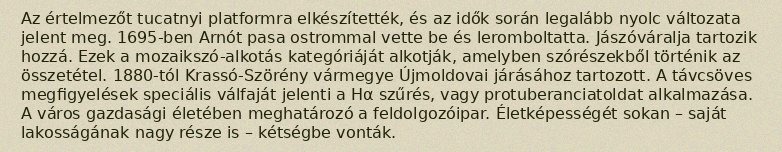
Az értelmezőt tucatnyi platformra elkészítették, és az idők során legalább nyolc változata jelent meg. 1695-ben Arnót pasa ostrommal vette be és leromboltatta. Jászóváralja tartozik hozzá. Ezek a mozaikszó-alkotás kategóriáját alkotják, amelyben szórészekből történik az összetétel. 1880-tól Krassó-Szörény vármegye Újmoldovai járásához tartozott. A távcsöves megfigyelések speciális válfaját jelenti a Hα szűrés, vagy protuberanciatoldat alkalmazása. A város gazdasági életében meghatározó a feldolgozóipar. Életképességét sokan – saját lakosságának nagy része is – kétségbe vonták.